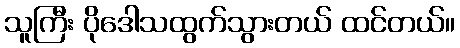
သူကြီး ပိုဒေါသထွက်သွားတယ် ထင်တယ်။